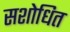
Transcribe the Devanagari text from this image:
सशोधित